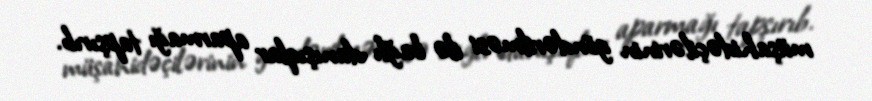
müşahidəçilərinin göndərilməsi ilə bağlı danışıqlar aparmağı tapşırıb.